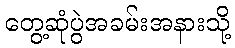
တွေ့ဆုံပွဲအခမ်းအနားသို့